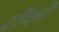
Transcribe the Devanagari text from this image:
रॉको